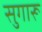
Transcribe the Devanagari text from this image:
सुगारू